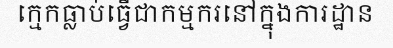
ក្មេកធ្លាប់ធ្វើជាកម្មករនៅក្នុងការដ្ឋាន